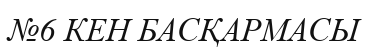
№6 КЕН БАСҚАРМАСЫ